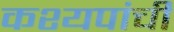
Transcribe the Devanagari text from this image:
कश्यपांची